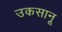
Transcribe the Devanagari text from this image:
उकसानू